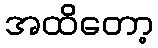
အထိတော့